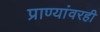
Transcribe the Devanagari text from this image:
प्राण्यांवरही